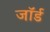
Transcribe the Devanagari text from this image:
जॉर्ड